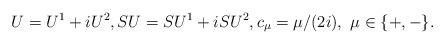
LaTeX: \begin{align*}U = U^1 + i U^2,SU = SU^1 + i SU^2, c_{\mu}= \mu/(2i),\,\,\mu\in\{+, -\}.\end{align*}